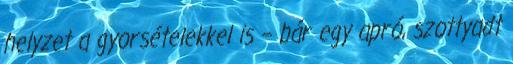
helyzet a gyorsételekkel is – bár egy apró, szottyadt